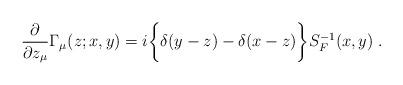
LaTeX: \begin{align*}{\partial\over\partial z_\mu}\Gamma_\mu (z;x,y)=i\bigg\lbrace\delta(y-z)-\delta(x-z)\bigg\rbrace S_F^{-1}(x,y)\; .\end{align*}